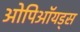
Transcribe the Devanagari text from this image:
ओपिऑयड्स